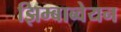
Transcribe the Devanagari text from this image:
झिम्बाब्वेयन